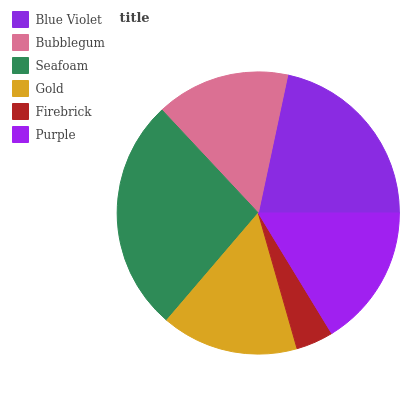
| Blue Violet | Bubblegum | Seafoam | Gold | Firebrick | Purple |
 | --- | --- | --- | --- | --- | --- |
 | 21.7% | 15.3% | 26.8% | 15.7% | 4.29% | 16.2% |